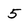
Character: 5